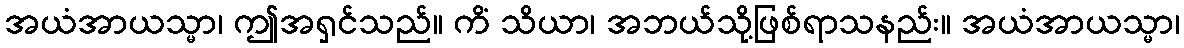
အယံအာယသ္မာ၊ ဤအရှင်သည်။ ကိံ သိယာ၊ အဘယ်သို့ဖြစ်ရာသနည်း။ အယံအာယသ္မာ၊